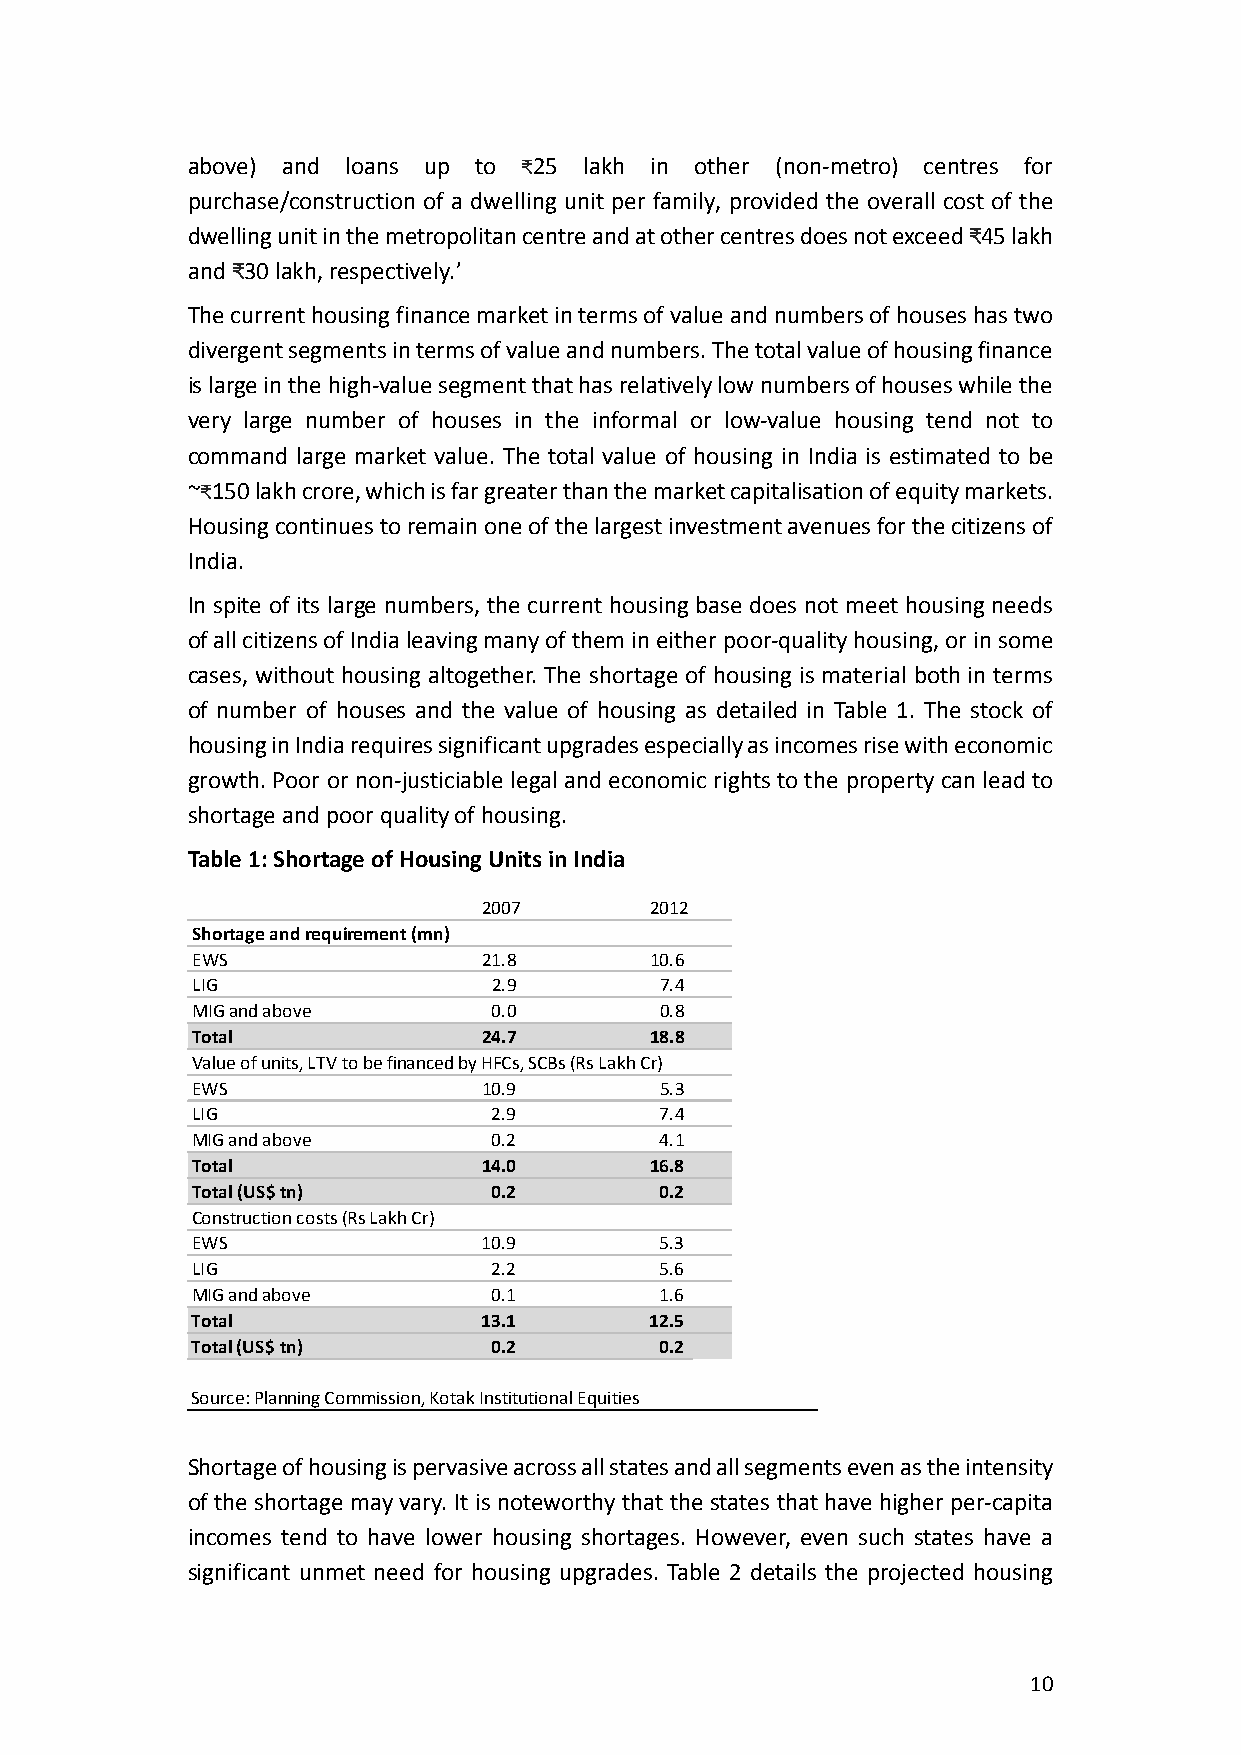
above) and loans up to ₹25 lakh in other (non-metro) centres for
 purchase/construction of a dwelling unit per family, provided the overall cost of the
 dwelling unit in the metropolitan centre and at other centres does not exceed ₹45 lakh
 and ₹30 lakh, respectively.’
 The current housing finance market in terms of value and numbers of houses has two
 divergent segments in terms of value and numbers. The total value of housing finance
 is large in the high-value segment that has relatively low numbers of houses while the
 very large number of houses in the informal or low-value housing tend not to
 command large market value. The total value of housing in India is estimated to be
 ~₹150 lakh crore, which is far greater than the market capitalisation of equity markets.
 Housing continues to remain one of the largest investment avenues for the citizens of
 India.
 In spite of its large numbers, the current housing base does not meet housing needs
 of all citizens of India leaving many of them in either poor-quality housing, or in some
 cases, without housing altogether. The shortage of housing is material both in terms
 of number of houses and the value of housing as detailed in Table 1. The stock of
 housing in India requires significant upgrades especially as incomes rise with economic
 growth. Poor or non-justiciable legal and economic rights to the property can lead to
 shortage and poor quality of housing.
 Table 1: Sh orta ge o f Ho using U n its in I ndia
 2007       2012
 Shortage and requirement (mn)
 EWS                21.8       10.6
 LIG                 2.9        7.4
 MIG and above       0.0        0.8
 Total              24.7       18.8
 Value of units, LTV to be financed by HFCs, SCBs (Rs Lakh Cr)
 EWS                10.9        5.3
 LIG                 2.9        7.4
 MIG and above       0.2        4.1
 Total              14.0       16.8
 Total (US$ tn)      0.2        0.2
 Construction costs (Rs Lakh Cr)
 EWS                10.9        5.3
 LIG                2.2         5.6
 MIG and above      0.1         1.6
 Total              13.1       12.5
 Total (US$ tn)     0.2         0.2
 Source: Planning Commission, Kotak Institutional Equities
 Shortage of housing is pervasive across all states and all segments even as the intensity
 of the shortage may vary. It is noteworthy that the states that have higher per-capita
 incomes tend to have lower housing shortages. However, even such states have a
 significant unmet need for housing upgrades. Table 2 details the projected housing
 10